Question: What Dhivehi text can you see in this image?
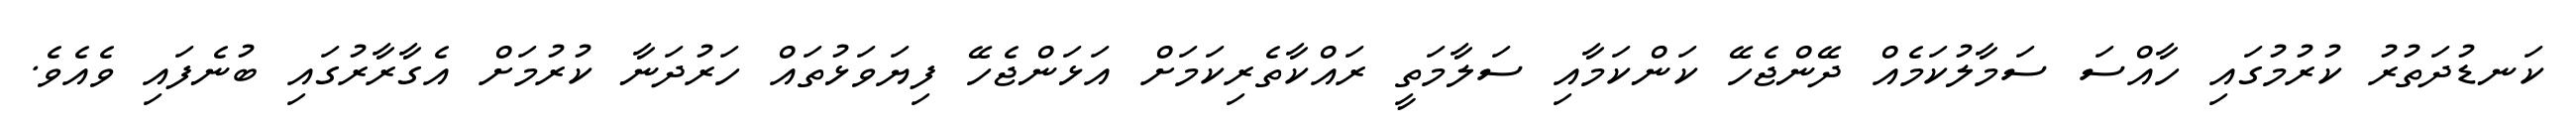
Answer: ކަނޑުދަތުރު ކުރުމުގައި ހާއްސަ ސަމާލުކަމެއް ދޭންޖެހޭ ކަންކަމާއި ސަލާމަތީ ރައްކާތެރިކަމަށް އަޅަންޖެހޭ ފިޔަވަޅުތައް ހަރުދަނާ ކުރުމަށް އެގާރާރުގައި ބުނެފައި ވެއެވެ.